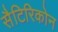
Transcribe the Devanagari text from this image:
सैटिरिकोन